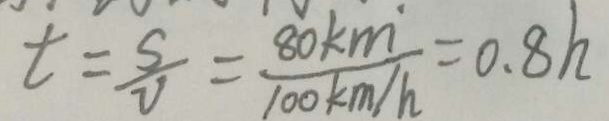
t = \frac { s } { V } = \frac { 8 0 k m } { 1 0 0 k m / h } = 0 . 8 h